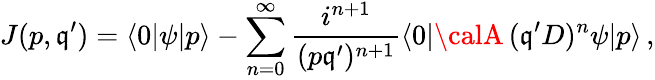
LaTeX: J(p,\mathfrak{q}^{\prime})=\langle0|\psi|p\rangle-\sum_{n=0}^{\infty}\frac{{i^{n+1}}}{{(p\mathfrak{q}^{\prime})^{n+1}}}\langle0|{\calA}\, (\mathfrak{q}^{\prime}D)^{n}\psi|p\rangle\, ,